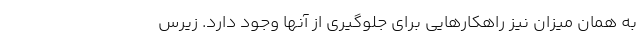
به همان میزان نیز راهکارهایی برای جلوگیری از آنها وجود دارد. زیرس